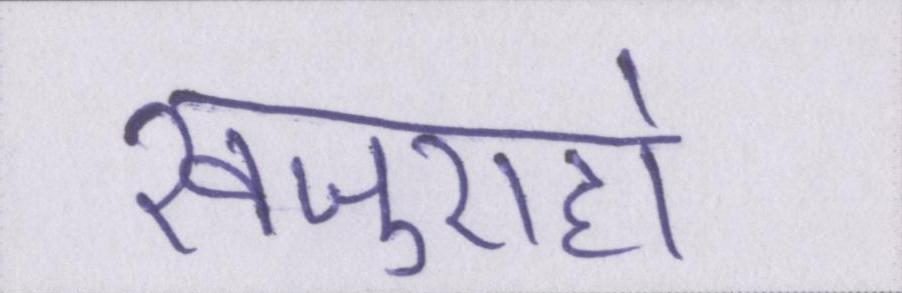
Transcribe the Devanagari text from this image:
खजुराहो